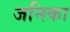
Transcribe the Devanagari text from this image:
जनिका